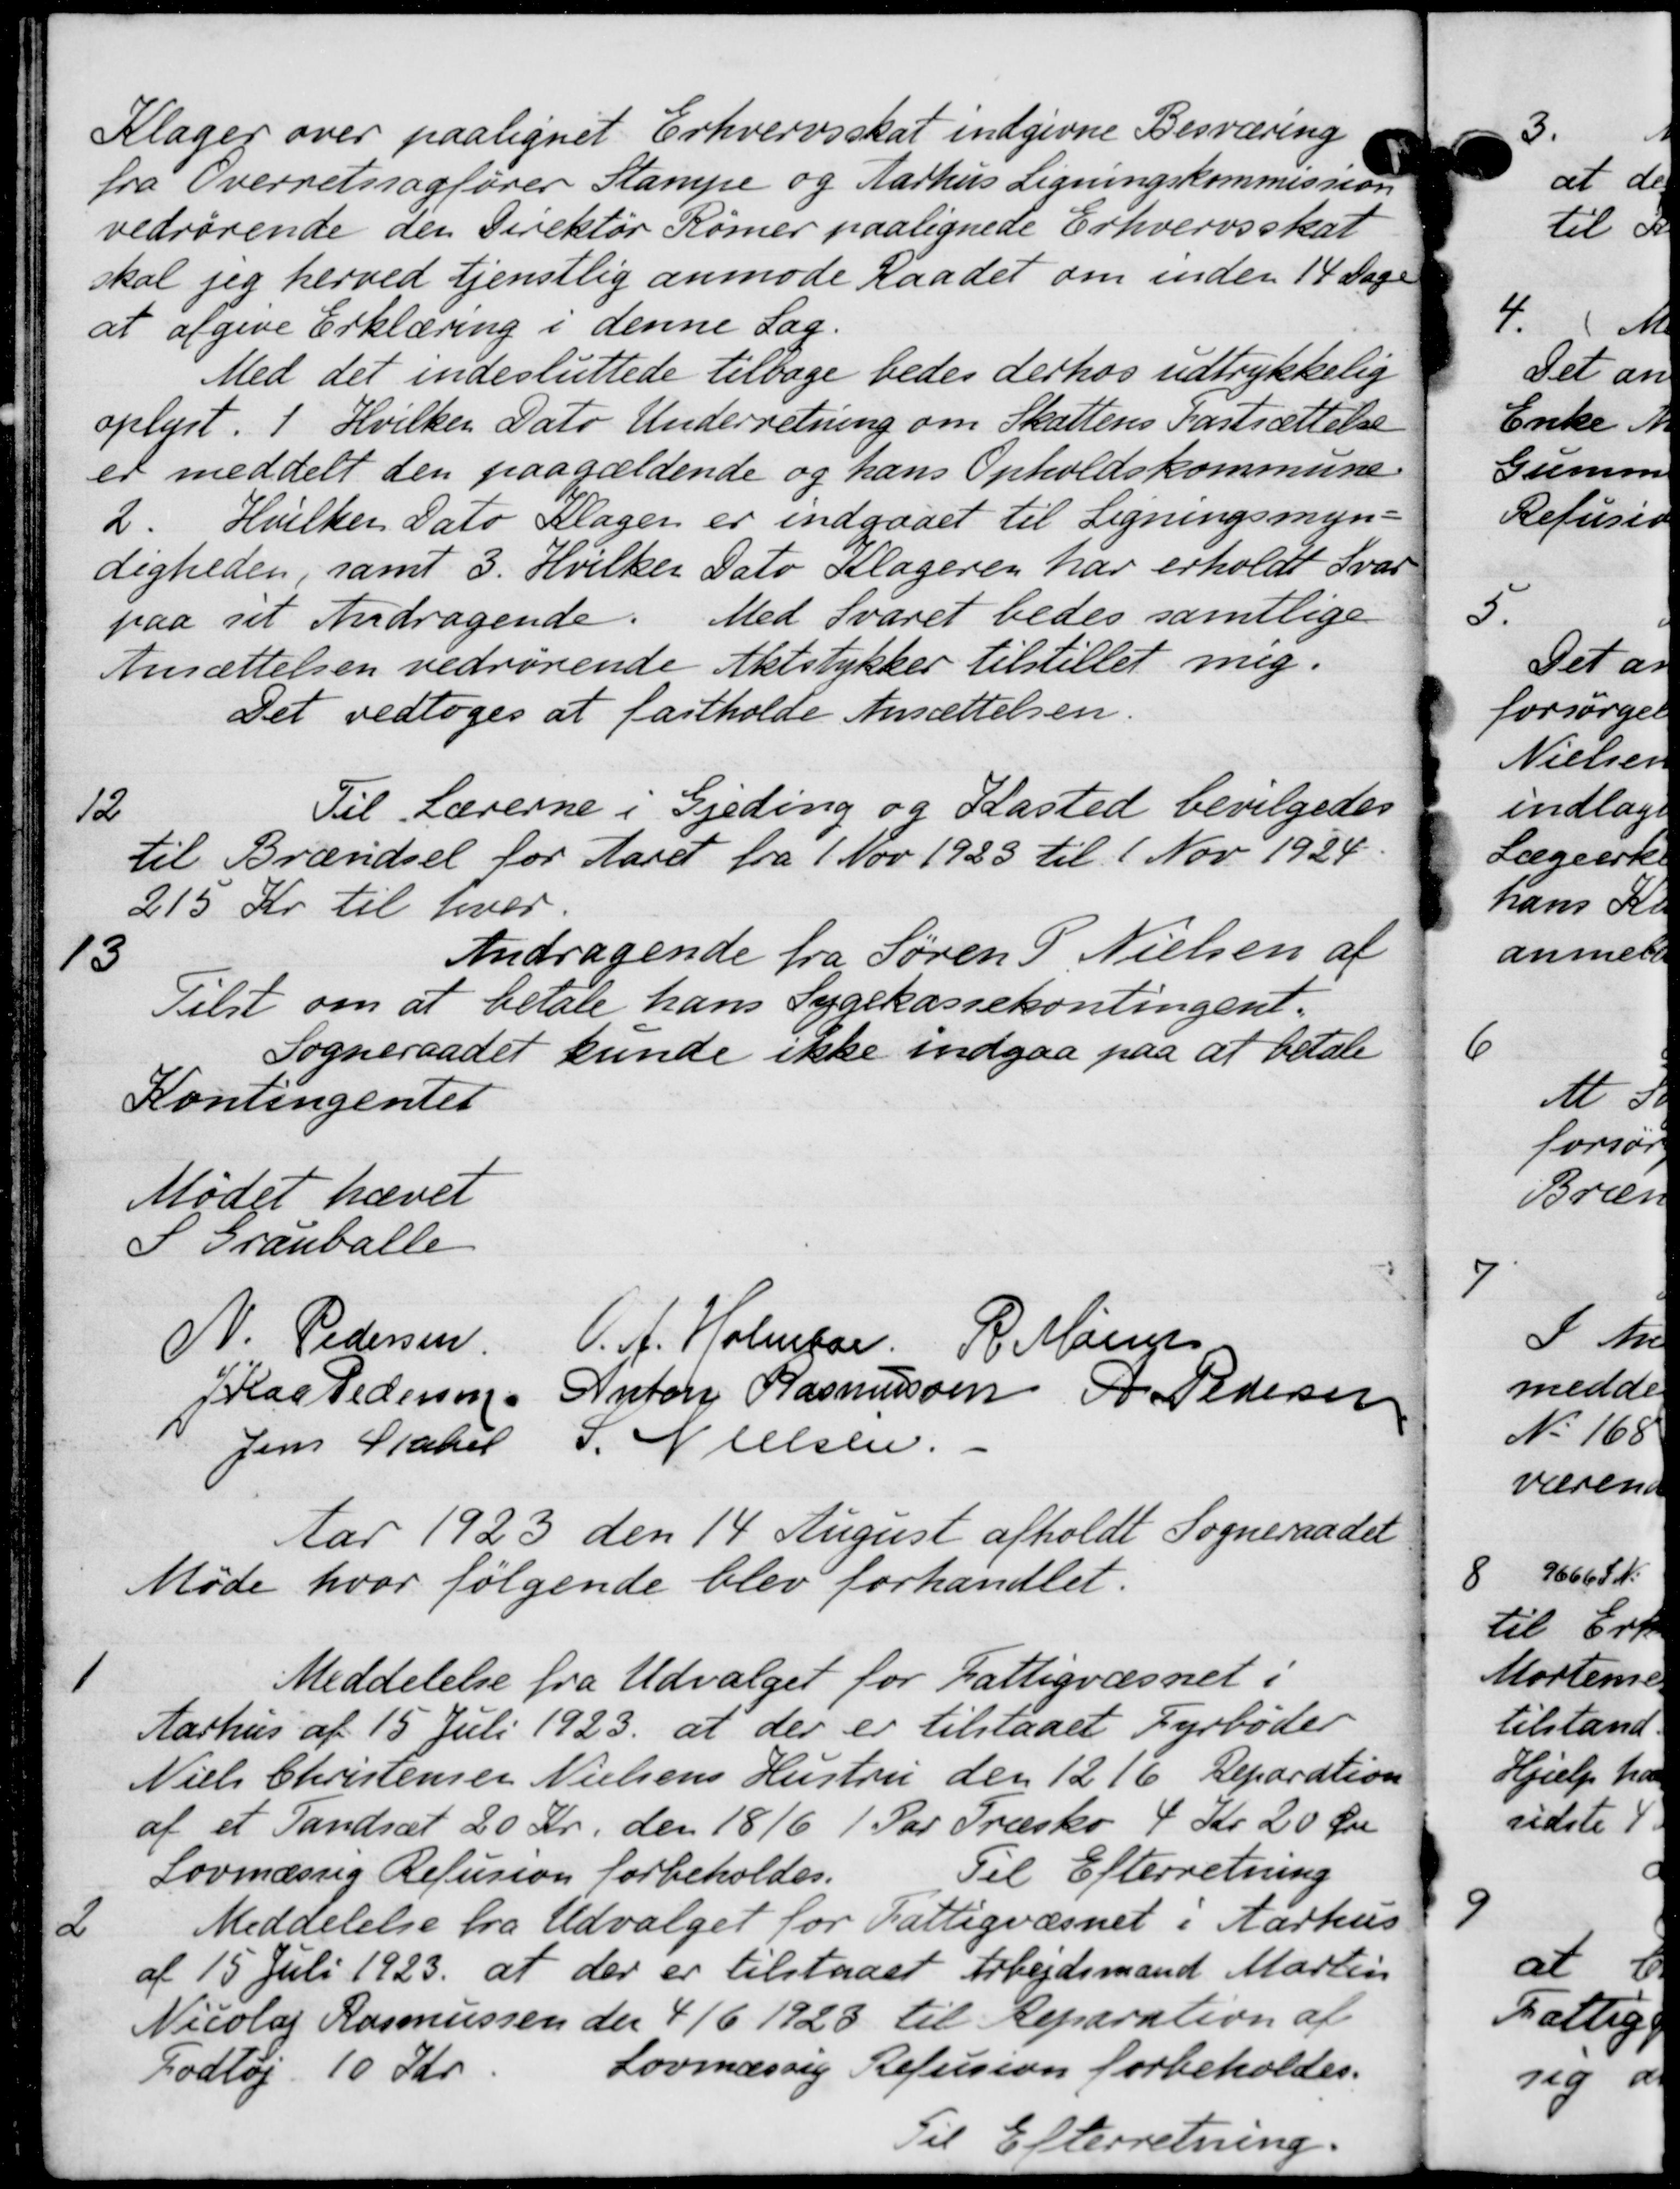
Transskription:
Klager over paalignet Erhvervsskat indgivne Besværing
fra Overretssagfører Stampe og Aarhus Ligningskommission
vedrørende den Direktør Rømer paalignede Erhvervsskat
skal jeg herved tjenstlig anmode Raadet om inden 14 Dage
at afgive Erklæring i denne Sag.
Med det indesluttede tilbage bedes derhos udtrykkelig
oplyst. 1 Hvilken Dato Underretning om Skattens Fastsættelse
er meddelt den paagældende og hans Opholdskommune
2. Hvilken Dato Klager er indgaaet til Ligningsmyn-
digheden, samt 3. Hvilken Dato Klageren har erholdt Svar
paa sit Andragende. Med Svaret bedes samtlige
Ansættelsen vedrørende Aktstykker tilstillet mig.
Det vedtoges at fastholde Ansættelsen.
12
Til Lærerne i Gjeding og Kasted bevilgedes
til Brændsel for Aaret fra 1 Nov 1923 til 1 Nov 1924
215 Kr til hver.
13
Andragende fra Søren P Nielsen af
Tilst om at betale hans Sygekassekontingent.
Sogneraadet kunde ikke indgaa paa at betale
Kontingentet
Mødet hævet
S Granballe
N. Pedersen
V. A. Holmsr. R. Marie
J Has Pedersen
Anton Rasmussen P Pedersen
Jens Stabel
S. Nielsen
Aar 1923 den 14 August afholdt Sogneraadet
Møde hvor følgende blev forhandlet.
1
Meddelelse fra Udvalget for Fattigvæsnet i
Aarhus af 15 Juli 1923 at der er tilstaaet Fyrbøder
Niels Christensen Nielsens Hustru den 1216 Deparation
af et Tandsæt 20 Kr. den 18/6 1 Par Træsko 4 Kr. 20 Øre
Lovmæssig Refusion forbeholdes.
Til Efterretning
2
Meddelelse fra Udvalget for Fattigvæsnet i Aarhus
af 15 Juli 1923 at der er tilstaaet Arbejdsmand Martin
Nicolaj Rasmussen der 4/6 1928 til Reparation af
Fodtøj 10 Kr.
Lovmæssig Refusion forbeholde
Til Efterretning